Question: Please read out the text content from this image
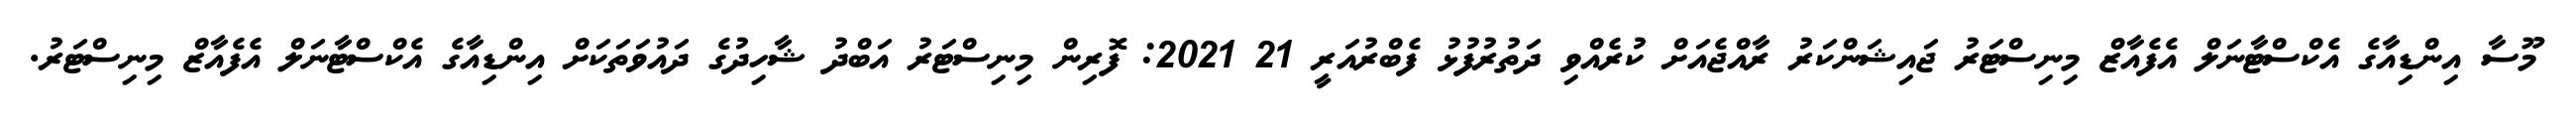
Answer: މޫސާ އިންޑިއާގެ އެކްސްޓާނަލް އެފެއާޒް މިނިސްޓަރު ޖައިޝަންކަރު ރާއްޖެއަށް ކުރެއްވި ދަތުރުފުޅު ފެބްރުއަރީ 21 2021: ފޮރިން މިނިސްޓަރު އަބްދު ޝާހިދުގެ ދައުވަތަކަށް އިންޑިއާގެ އެކްސްޓާނަލް އެފެއާޒް މިނިސްޓަރު.